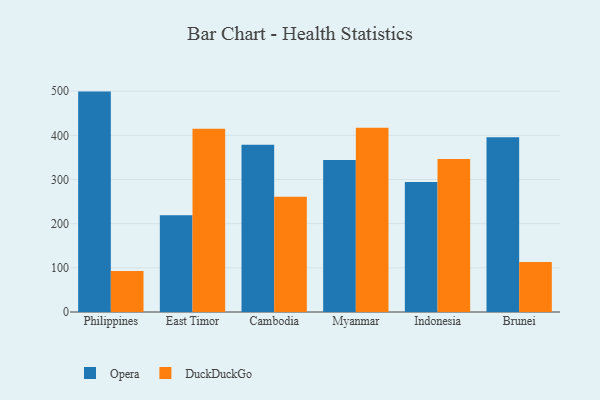
{"axis": {"x": "Country", "y": "Operating Costs (USD K)"}, "legend": ["DuckDuckGo", "Opera"], "data": [{"x": "Philippines", "y": 499.0, "type": "Opera"}, {"x": "Philippines", "y": 92.7, "type": "DuckDuckGo"}, {"x": "East Timor", "y": 219.0, "type": "Opera"}, {"x": "East Timor", "y": 415.0, "type": "DuckDuckGo"}, {"x": "Cambodia", "y": 378.5, "type": "Opera"}, {"x": "Cambodia", "y": 260.7, "type": "DuckDuckGo"}, {"x": "Myanmar", "y": 344.1, "type": "Opera"}, {"x": "Myanmar", "y": 417.2, "type": "DuckDuckGo"}, {"x": "Indonesia", "y": 294.2, "type": "Opera"}, {"x": "Indonesia", "y": 346.4, "type": "DuckDuckGo"}, {"x": "Brunei", "y": 395.8, "type": "Opera"}, {"x": "Brunei", "y": 113.1, "type": "DuckDuckGo"}]}